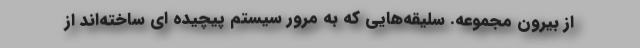
از بیرون مجموعه. سلیقه‌هایی که به مرور سیستم پیچیده ای ساخته‌اند از